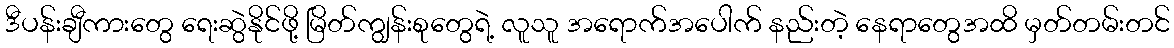
ဒီပန်းချီကားတွေ ရေးဆွဲနိုင်ဖို့ မြိတ်ကျွန်းစုတွေရဲ့ လူသူ အရောက်အပေါက် နည်းတဲ့ နေရာတွေအထိ မှတ်တမ်းတင်